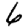
Digit: 6